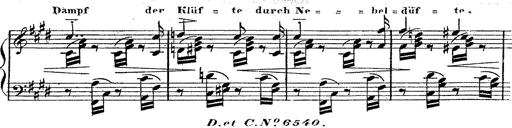
Title: 12 Lieder von Franz Schubert
Composer: Franz Liszt